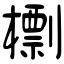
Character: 檦